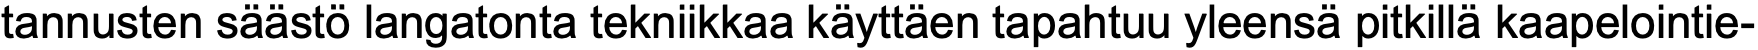
tannusten säästö langatonta tekniikkaa käyttäen tapahtuu yleensä pitkillä kaapelointie-